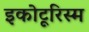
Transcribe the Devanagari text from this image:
इकोटूरिस्म